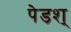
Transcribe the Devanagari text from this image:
पेड़श्